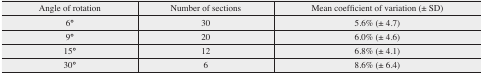
<table><thead><tr><td><b>Angle of rotation</b></td><td><b>Number of sections</b></td><td><b>Mean coefficient of variation (± SD)</b></td></tr></thead><tbody><tr><td>6°</td><td>30</td><td>5.6% (± 4.7)</td></tr><tr><td>9°</td><td>20</td><td>6.0% (± 4.6)</td></tr><tr><td>15°</td><td>12</td><td>6.8% (± 4.1)</td></tr><tr><td>30°</td><td>6</td><td>8.6% (± 6.4)</td></tr></tbody></table>